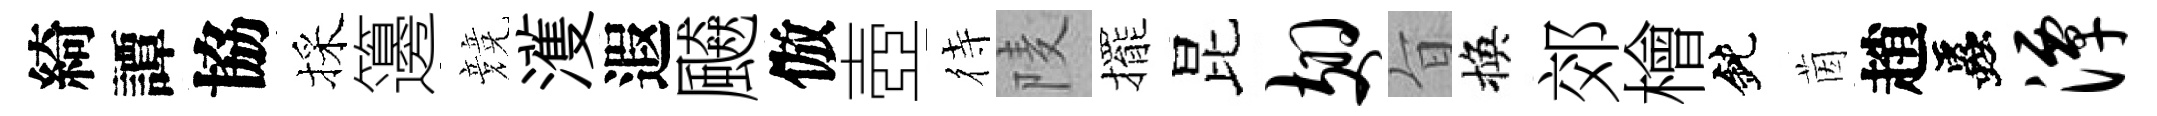
綺譚協採籩競濩遐飇倣壺待𨹧擺昆翅旨換郊檜鈍茵趙蟲潭